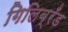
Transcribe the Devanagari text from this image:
गिलिब्रँड